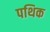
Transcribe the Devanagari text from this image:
पथिक